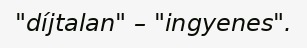
"díjtalan" – "ingyenes".